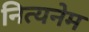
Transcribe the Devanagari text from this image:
नित्यनेम